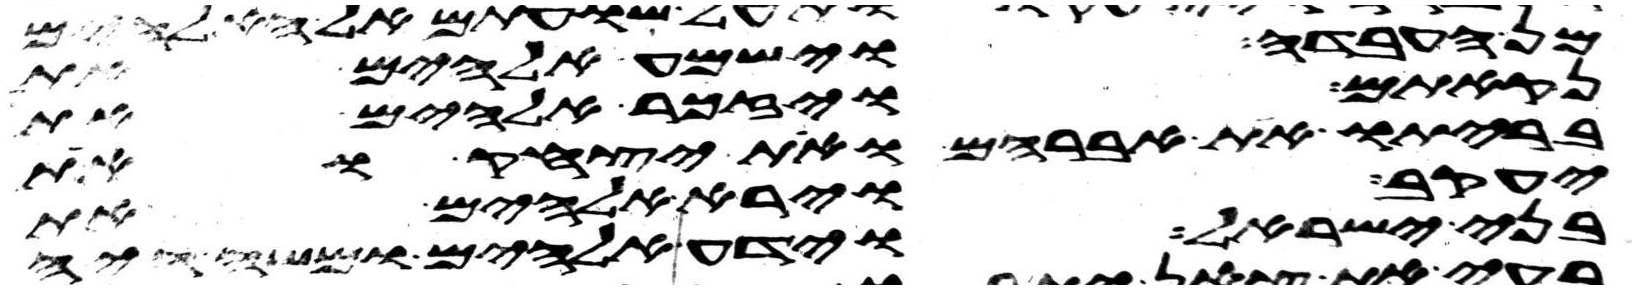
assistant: מן העבדה וישמע אלהים את
נקאתם ויזכר אלהים את
בריתו את אברהם ואת יצחק ואת
יעקב וירא אלהים את
בני ישראל וידע אלהים ומשה היה